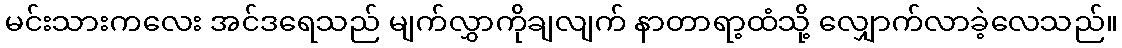
မင်းသားကလေး အင်ဒရေသည် မျက်လွှာကိုချလျက် နာတာရာ့ထံသို့ လျှောက်လာခဲ့လေသည်။